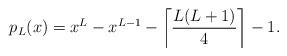
LaTeX: \begin{align*}p_{L}(x)=x^{L}-x^{L-1}-\left\lceil \frac{L(L+1)}{4} \right\rceil -1.\end{align*}